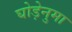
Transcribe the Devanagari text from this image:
घोड़ेनुमा